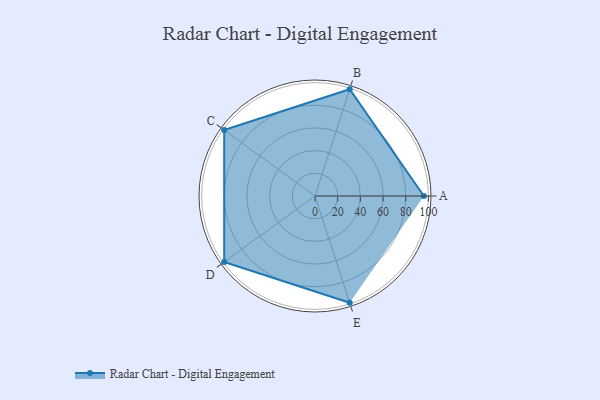
{"axis": {"x": "Skill", "y": "Score"}, "legend": ["Profile"], "data": [{"x": "A", "y": 96.0, "type": "Profile"}, {"x": "B", "y": 99.0, "type": "Profile"}, {"x": "C", "y": 99, "type": "Profile"}, {"x": "D", "y": 99, "type": "Profile"}, {"x": "E", "y": 99, "type": "Profile"}]}